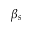
\beta _ { s }